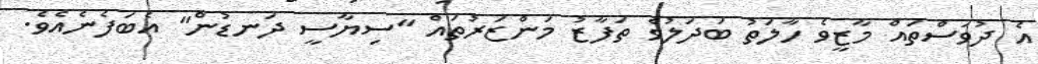
އެ ދުވަސްތައް މާޒީވެ ހާލަތު ބަދަލުވެ ތަފާޒު މަންޒަރުތައް "ސިޔާސީ ދަނޑުން" އެބަފެނެއެވެ.